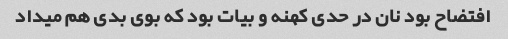
افتضاح بود نان در حدی کهنه و بیات بود که بوی بدی هم میداد